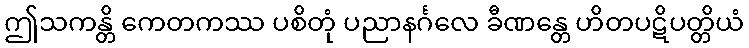
ဤသကန္တိ ကေတကဿ ပစိတုံ ပညာနင်္ဂလေ ခီဏန္တေ ဟိတပဋိပတ္တိယံ